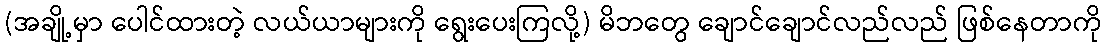
(အချို့မှာ ပေါင်ထားတဲ့ လယ်ယာများကို ရွေးပေးကြလို့) မိဘတွေ ချောင်ချောင်လည်လည် ဖြစ်နေတာကို